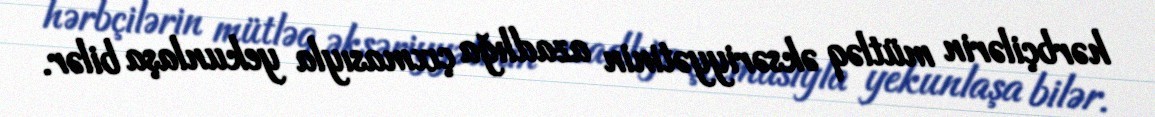
hərbçilərin mütləq əksəriyyətinin azadlığa çıxmasıyla yekunlaşa bilər.